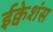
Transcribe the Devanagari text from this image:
ईक्वेशंस